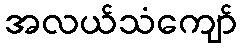
အလယ်သံကျော်